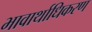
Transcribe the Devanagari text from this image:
भावार्थाधिकरण